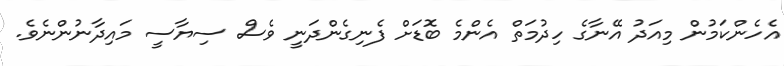
އެހެންކަމުން މިއަދު އޭނާގެ ހިދުމަތް އެންމެ ބޮޑަށް ފެނިގެންދަނީ ވެސް ސިޔާސީ މައިދާނުންނެވެ.